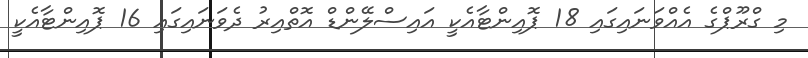
މި ގްރޫޕްގެ އެއްވަނައިގައި 18 ޕޮއިންޓާއެކީ އައިސްލޭންޑް އޮތްއިރު ދެވަނައިގައި 16 ޕޮއިންޓާއެކީ